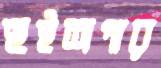
হুইশপার